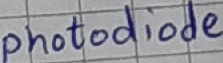
Text: photodiode